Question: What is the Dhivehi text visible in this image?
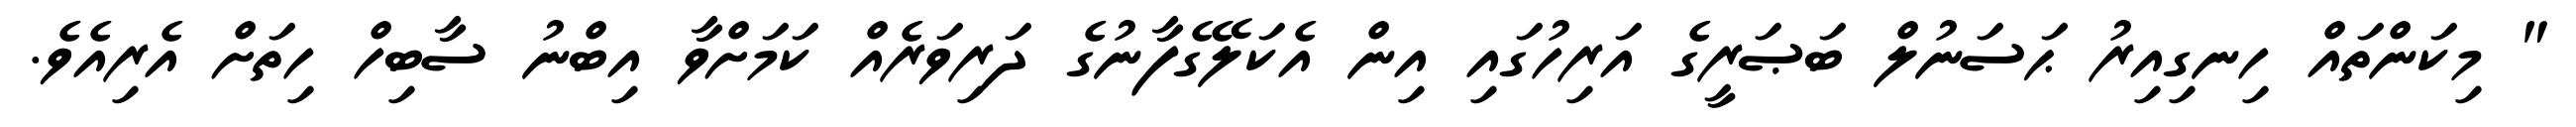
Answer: " މިކަންތައް ހިނގިއިރު ޙަސަނުލް ބަޞަރީގެ އަރިހުގައި އިން އެކަލޭގެފާނުގެ ދަރިވަރެއް ކަމަށްވާ އިބްނު ސާބިހް ހިތަށް އެރިއެވެ.